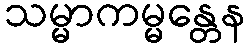
သမ္မာကမ္မန္တေန